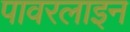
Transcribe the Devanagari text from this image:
पावरलाइन